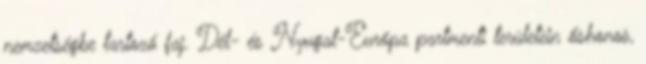
nemzetségbe tartozó faj. Dél- és Nyugat-Európa partmenti területein őshonos,